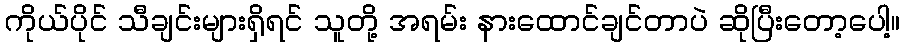
ကိုယ်ပိုင် သီချင်းများရှိရင် သူတို့ အရမ်း နားထောင်ချင်တာပဲ ဆိုပြီးတော့ပေါ့။